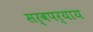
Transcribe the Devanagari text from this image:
सर्वपर्याय